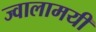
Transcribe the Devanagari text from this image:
ज्‍वालामयी